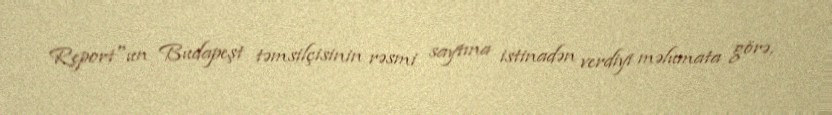
Report"un Budapeşt təmsilçisinin rəsmi saytına istinadən verdiyi məlumata görə,